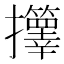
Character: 𫾟